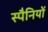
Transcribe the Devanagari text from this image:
स्पैनियों